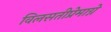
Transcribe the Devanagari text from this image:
विलसतीप्रेमाग्ने